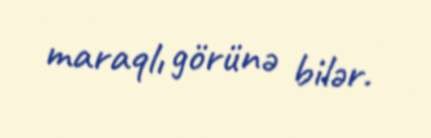
maraqlı görünə bilər.